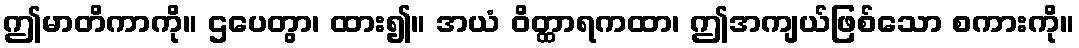
ဤမာတိကာကို။ ဌပေတွာ၊ ထား၍။ အယံ ဝိတ္ထာရကထာ၊ ဤအကျယ်ဖြစ်သော စကားကို။